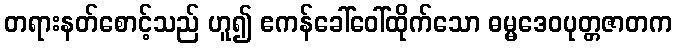
တရားနတ်စောင့်သည် ဟူ၍ ဧကန်ခေါ်ဝေါ်ထိုက်သော ဓမ္မဒေဝပုတ္တဇာတက